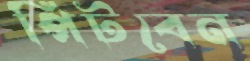
পিটবেন